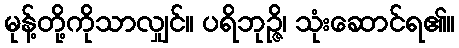
မုန့်တို့ကိုသာလျှင်။ ပရိဘုဉ္ဇိ၊ သုံးဆောင်ရ၏။